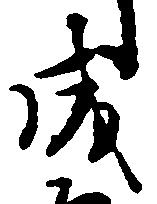
成